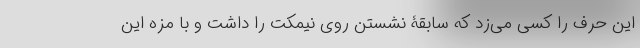
این حرف را کسی می‌زد که سابقۀ نشستن روی نیمکت را داشت و با مزه این